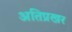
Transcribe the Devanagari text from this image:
अतिप्रखर